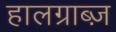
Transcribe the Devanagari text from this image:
हालग्राब्ज़